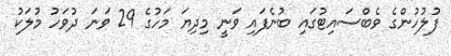
ފުލުހުންގެ ވެބްސައިޓުގައި ބުނެފައި ވަނީ މިދިޔަ މަހުގެ 29 ވަނަ ދުވަހު މުލަކު